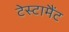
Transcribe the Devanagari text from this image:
टेस्टामैंट